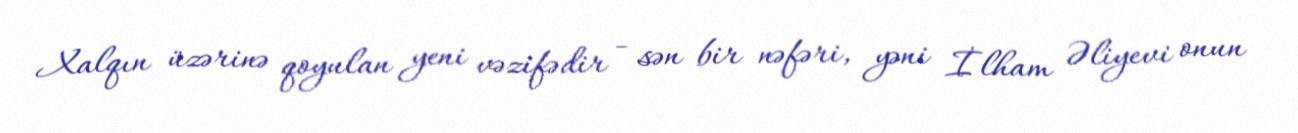
Xalqın üzərinə qoyulan yeni vəzifədir - sən bir nəfəri, yəni İlham Əliyevi onun